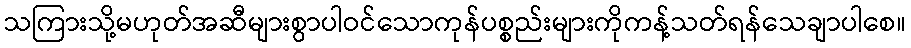
သကြားသို့မဟုတ်အဆီများစွာပါဝင်သောကုန်ပစ္စည်းများကိုကန့်သတ်ရန်သေချာပါစေ။